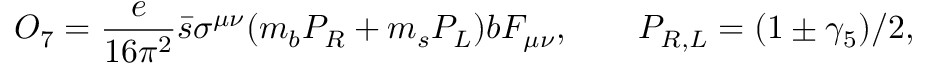
O _ { 7 } = \frac { e } { 1 6 \pi ^ { 2 } } \bar { s } \sigma ^ { \mu \nu } ( m _ { b } P _ { R } + m _ { s } P _ { L } ) b F _ { \mu \nu } , \qquad P _ { R , L } = ( 1 \pm \gamma _ { 5 } ) / 2 ,